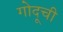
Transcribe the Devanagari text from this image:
गोदूची